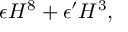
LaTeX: \epsilon { \cal H } ^ { 8 } + \epsilon ^ { \prime } { \cal H } ^ { 3 } ,